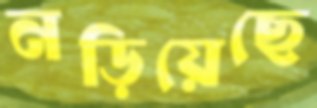
নড়িয়েছে